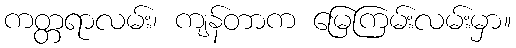
ကတ္တရာလမ်း၊ ကျန်တာက မြေကြမ်းလမ်းမှာ။